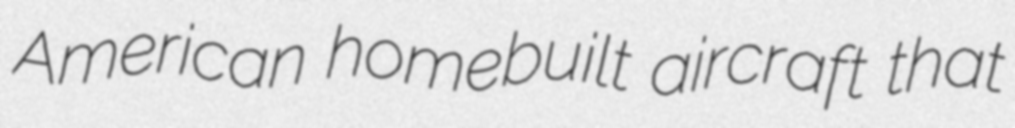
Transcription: American homebuilt aircraft that